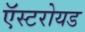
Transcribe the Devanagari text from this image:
ऍस्टरोयड